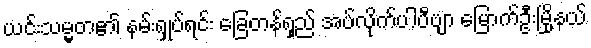
ယင်းသမ္မတ၏ နမ်းရှုပ်ရင်း ခြေတန်ရှည် အပ်လိုက်ပါပီဗျာ မြောက်ဦးမြို့နယ်